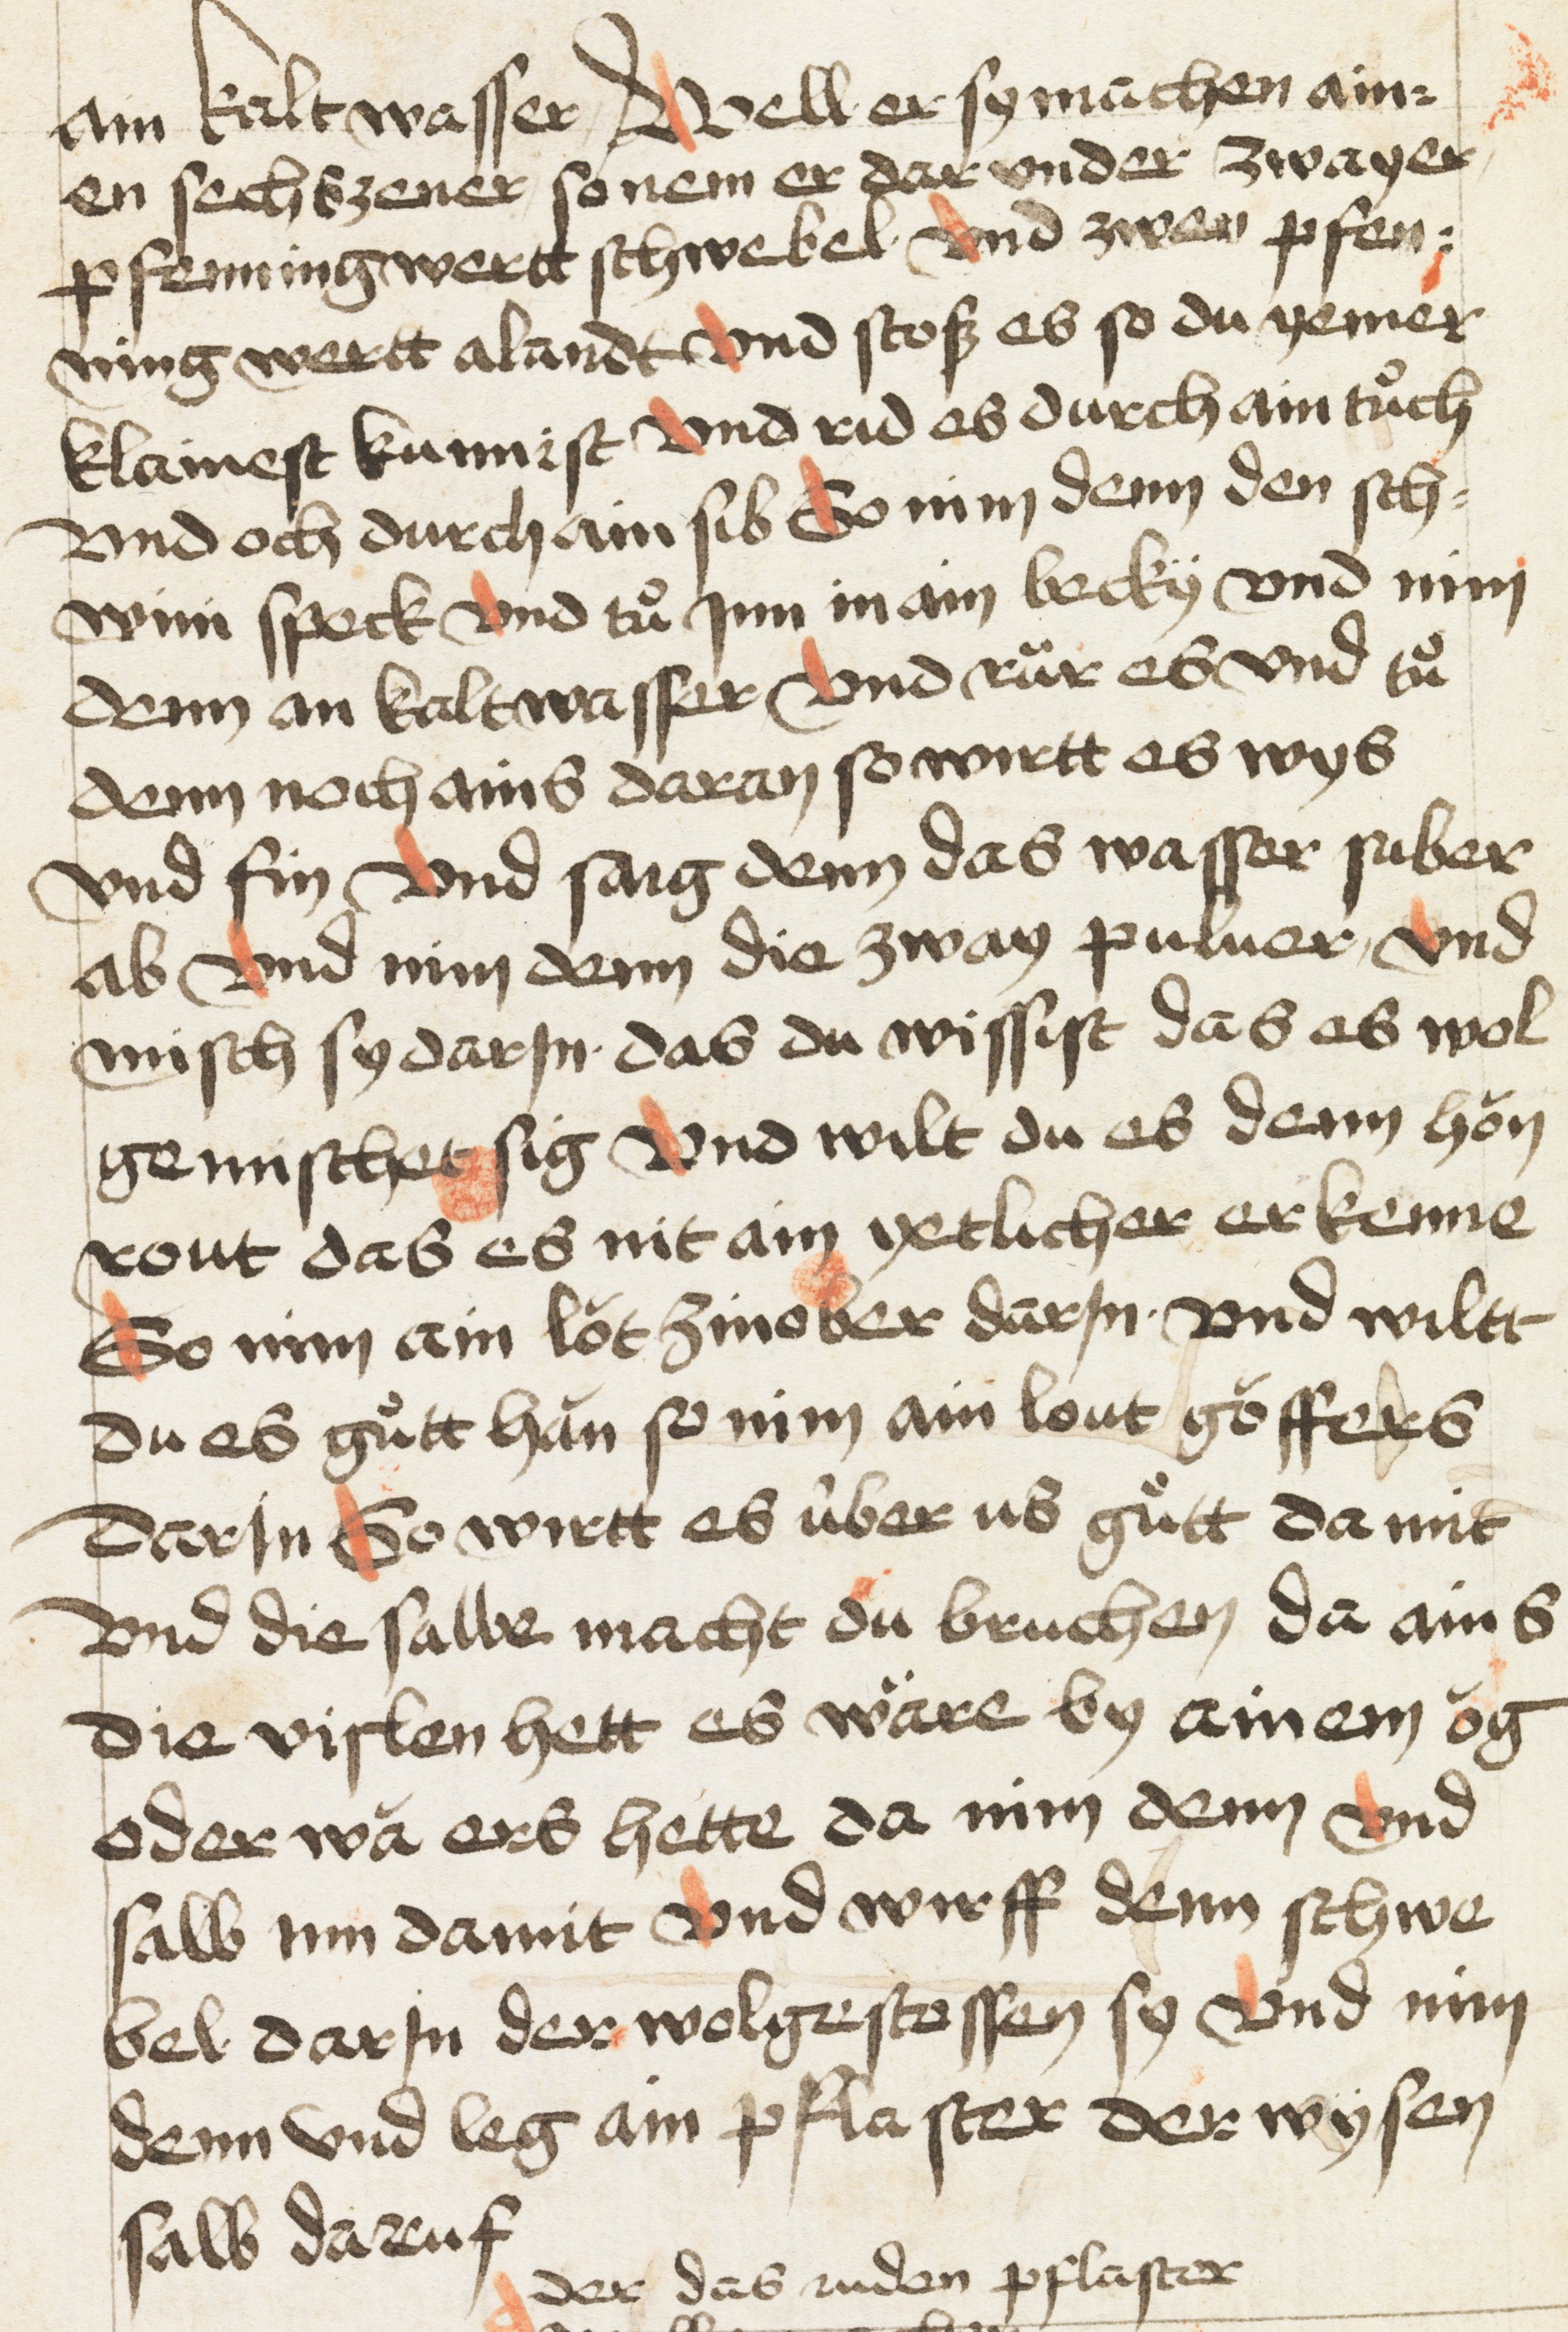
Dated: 1400–1499